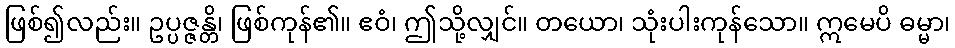
ဖြစ်၍လည်း။ ဥပ္ပဇ္ဇန္တိ၊ ဖြစ်ကုန်၏။ ဧဝံ၊ ဤသို့လျှင်။ တယော၊ သုံးပါးကုန်သော။ ဣမေပိ ဓမ္မာ၊